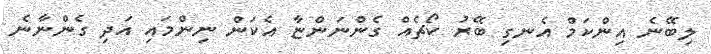
ލިބޭނެ އިންކަމް އެނގި ބޭރު ކޯޗެއް ގެންނަންޏާ އެކަން ނިންމައި އަދި ގެންނާނެ